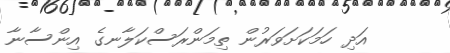
އަދި ހަމަކަށަވަރުން ތިމަންރަސްކަލާނގެ އިންސާނާ